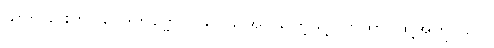
သတ်ခြင်းကို။ ဝေဒိတဗ္ဗော ဝိယ၊ သိအပ်သကဲ့သို့။ တထာ၊ ထို့အတူ။ ပေ။